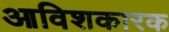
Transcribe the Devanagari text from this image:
आविशकारक